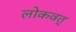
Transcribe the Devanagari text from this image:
लोकवत्